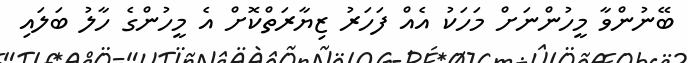
ބޭނުންވާ މީހުންނަށް މަހަކު އެއް ފަހަރު ޒިޔާރަތްކޮށް އެ މީހުންގެ ހާލު ބަލައި